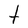
Character: t